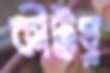
কীটঘ্ন